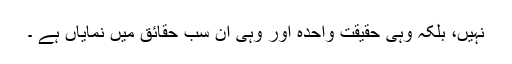
نہیں، بلکہ وہی حقیقت واحدہ اور وہی اِن سب حقائق میں نمایاں ہے ۔